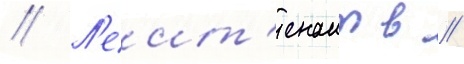
// Л'еит'енант в //